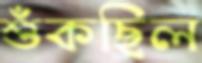
শুঁকছিল